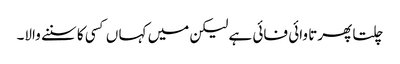
چلتا پھرتا وائی فائی ہے لیکن میں کہا ں کسی کا سننے والا۔